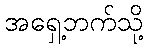
အရှေ့ဘက်သို့